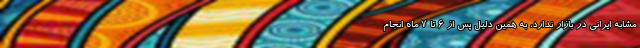
مشابه ایرانی در بازار ندارد، به همین دلیل پس از ۶ تا ۷ ماه انجام